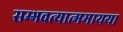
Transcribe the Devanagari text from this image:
सम्भवत्यात्ममायया